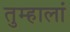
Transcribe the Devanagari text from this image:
तुम्हालां